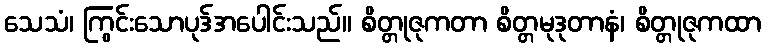
သေသံ၊ ကြွင်းသောပုဒ်အပေါင်းသည်။ စိတ္တုဇုကတာ စိတ္တမုဒုတာနံ၊ စိတ္တုဇုကထာ